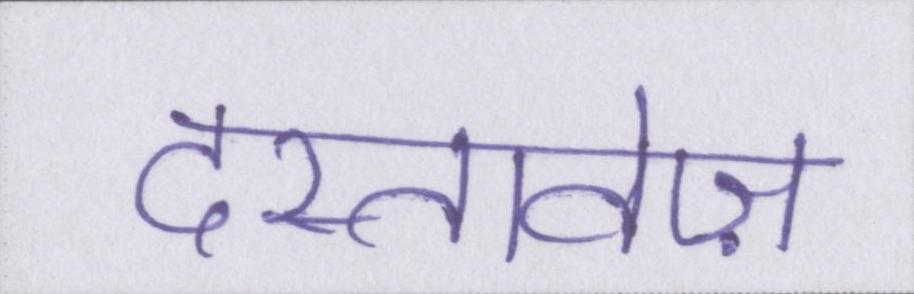
दस्तावेज़